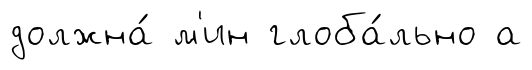
должна́ м'ин глоба́льно а